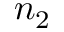
n _ { 2 }